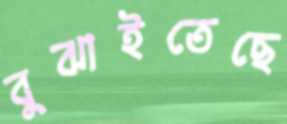
বুঝাইতেছে